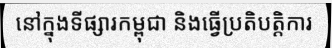
នៅក្នុងទីផ្សារកម្ពុជា និងធ្វើប្រតិបត្តិការ